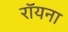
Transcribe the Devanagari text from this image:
रॉयना